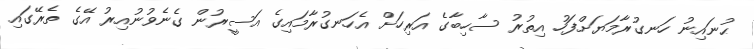
ޙުނައިނު ހަނގުރާމަޔަށްފަހު އިތުރު ސާހިބާގެ އަރިހަށް އެހަނގުރާމައިގެ އަސީރުން ގެނެވުނުއިރު އޭގެ ތެރޭގައި